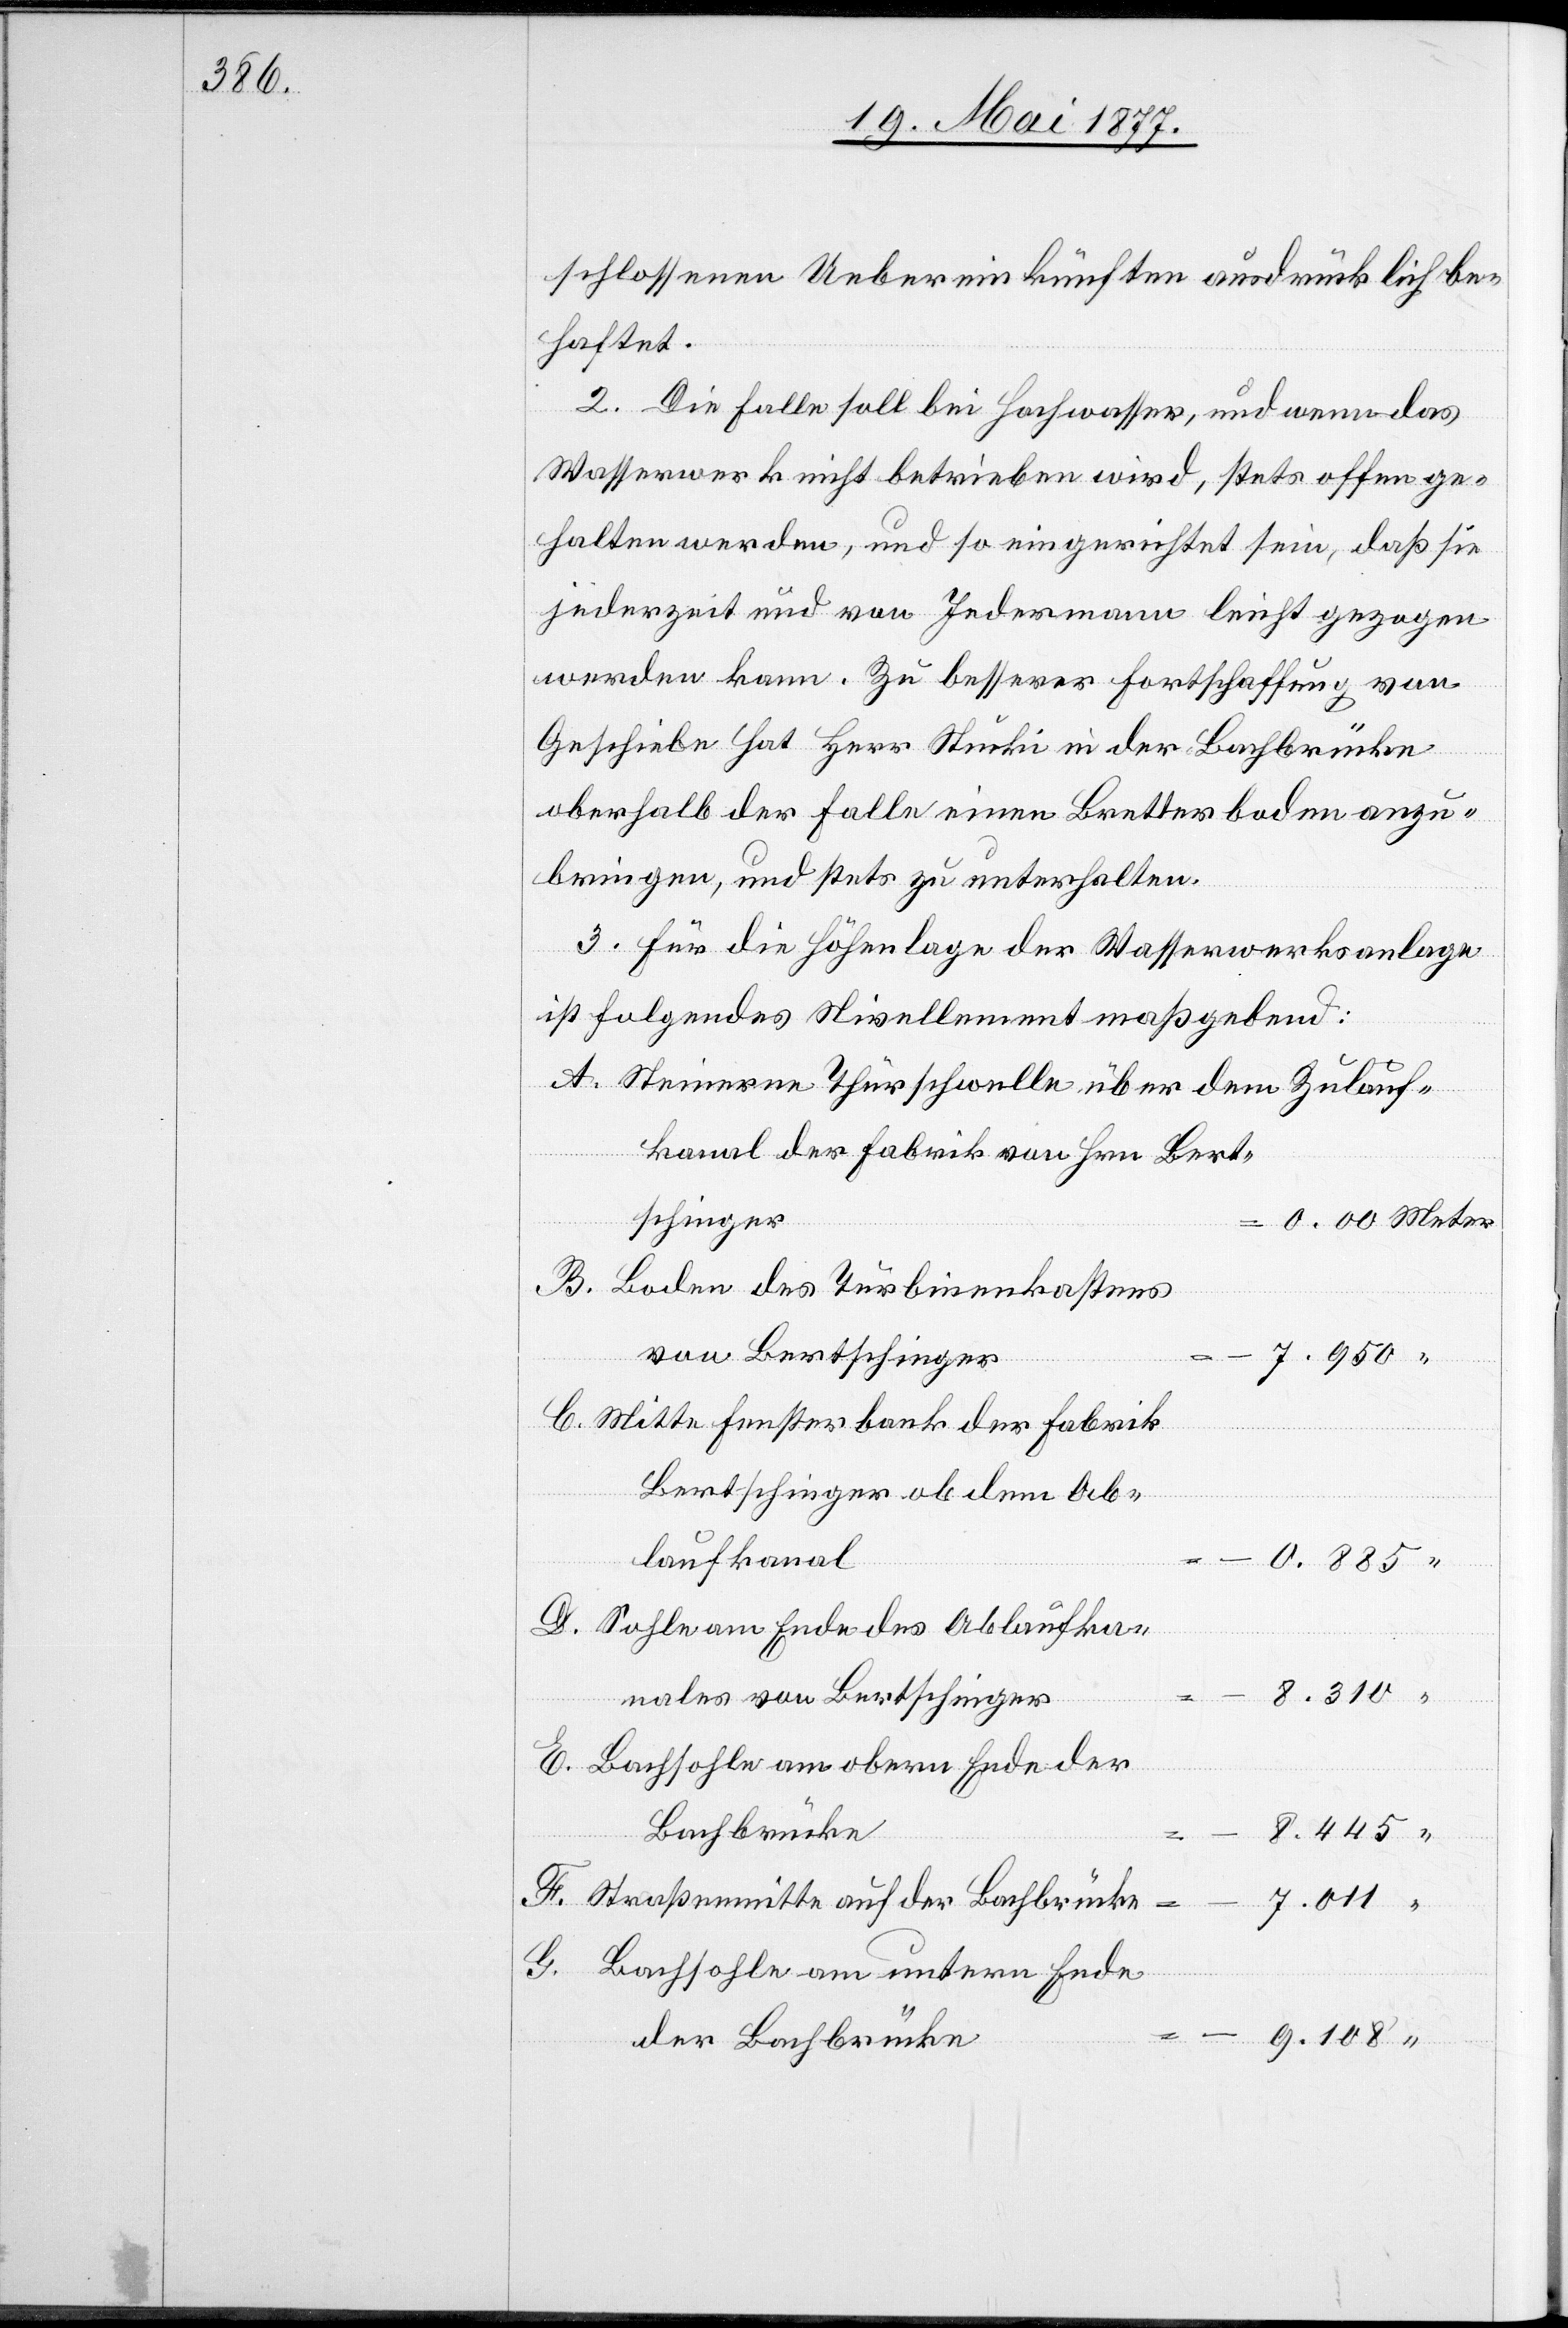
schlossenen Uebereinkünften ausdrücklich be¬
haftet.
2. Die Falle soll bei Hochwasser, und wenn das
Wasserwerk nicht betrieben wird, stets offen ge¬
halten werden, und so eingerichtet sein, daß sie
jederzeit und von Jedermann leicht gezogen
werden kann. Zu besserer Fortschaffung von
Geschiebe hat Herr Stucki in der Bachbrücke
oberhalb der Falle einen Bretterboden anzu¬
bringen, und stets zu unterhalten.
3. Für die Höhenlage der Wasserwerksanlage
ist folgendes Nivellement maßgebend:
Steinerne Thürschwelle über dem Zulauf¬
kanal der Fabrik von Hrn. Bert¬
schinger
Boden des Turbinenkastens
F.
von Bertschinger
Mitte Fensterbank der Fabrik
Bertschinger ob dem Ab¬
laufkanal
0.885
Sohle am Ende des Ablaufka¬
“
nales von Bertschinger
Straßenmitte auf der Bachbrücke
Meter
7.011
G.
Bachsohle am untern Ende
der Bachbrücke